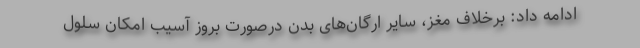
ادامه داد: برخلاف مغز، سایر ارگان‌های بدن درصورت بروز آسیب امکان سلول